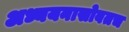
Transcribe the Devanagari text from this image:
अध्ययनासोबतच